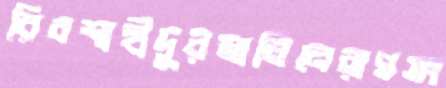
রিবশাহীদুরমানিনেরাগসং